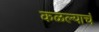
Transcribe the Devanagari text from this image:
कळल्याचं